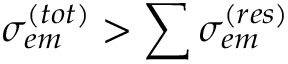
\sigma _ { e m } ^ { ( t o t ) } > \sum \sigma _ { e m } ^ { ( r e s ) }